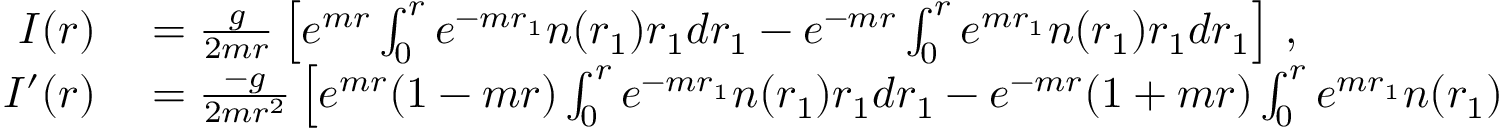
\begin{array} { r l } { I ( r ) } & { { } = \frac g { 2 m r } \left[ e ^ { m r } \int _ { 0 } ^ { r } e ^ { - m r _ { 1 } } n ( r _ { 1 } ) r _ { 1 } d r _ { 1 } - e ^ { - m r } \int _ { 0 } ^ { r } e ^ { m r _ { 1 } } n ( r _ { 1 } ) r _ { 1 } d r _ { 1 } \right] \, , } \\ { I ^ { \prime } ( r ) } & { { } = \frac { - g } { 2 m r ^ { 2 } } \left[ e ^ { m r } ( 1 - m r ) \int _ { 0 } ^ { r } e ^ { - m r _ { 1 } } n ( r _ { 1 } ) r _ { 1 } d r _ { 1 } - e ^ { - m r } ( 1 + m r ) \int _ { 0 } ^ { r } e ^ { m r _ { 1 } } n ( r _ { 1 } ) r _ { 1 } d r _ { 1 } \right] \, . } \end{array}